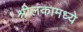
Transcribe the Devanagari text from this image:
श्रीलंकामध्ये